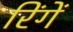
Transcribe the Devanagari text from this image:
रिंगें